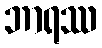
ဘာရဿ